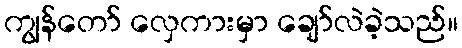
ကျွန်တော် လှေကားမှာ ချော်လဲခဲ့သည်။